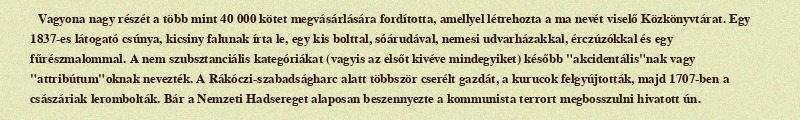
Vagyona nagy részét a több mint 40 000 kötet megvásárlására fordította, amellyel létrehozta a ma nevét viselő Közkönyvtárat. Egy 1837-es látogató csúnya, kicsiny falunak írta le, egy kis bolttal, sóárudával, nemesi udvarházakkal, érczúzókkal és egy fűrészmalommal. A nem szubsztanciális kategóriákat (vagyis az elsőt kivéve mindegyiket) később "akcidentális"nak vagy "attribútum"oknak nevezték. A Rákóczi-szabadságharc alatt többször cserélt gazdát, a kurucok felgyújtották, majd 1707-ben a császáriak lerombolták. Bár a Nemzeti Hadsereget alaposan beszennyezte a kommunista terrort megbosszulni hivatott ún.